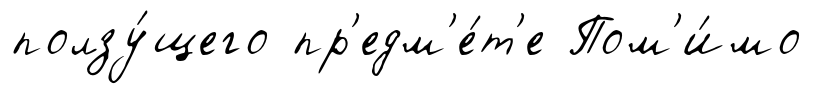
ползу́щего пр'едм'е́т'е Пом'и́мо